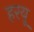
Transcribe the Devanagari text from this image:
हरयू